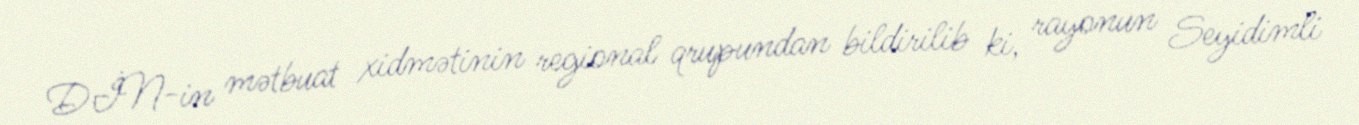
DİN-in mətbuat xidmətinin regional qrupundan bildirilib ki, rayonun Seyidimli